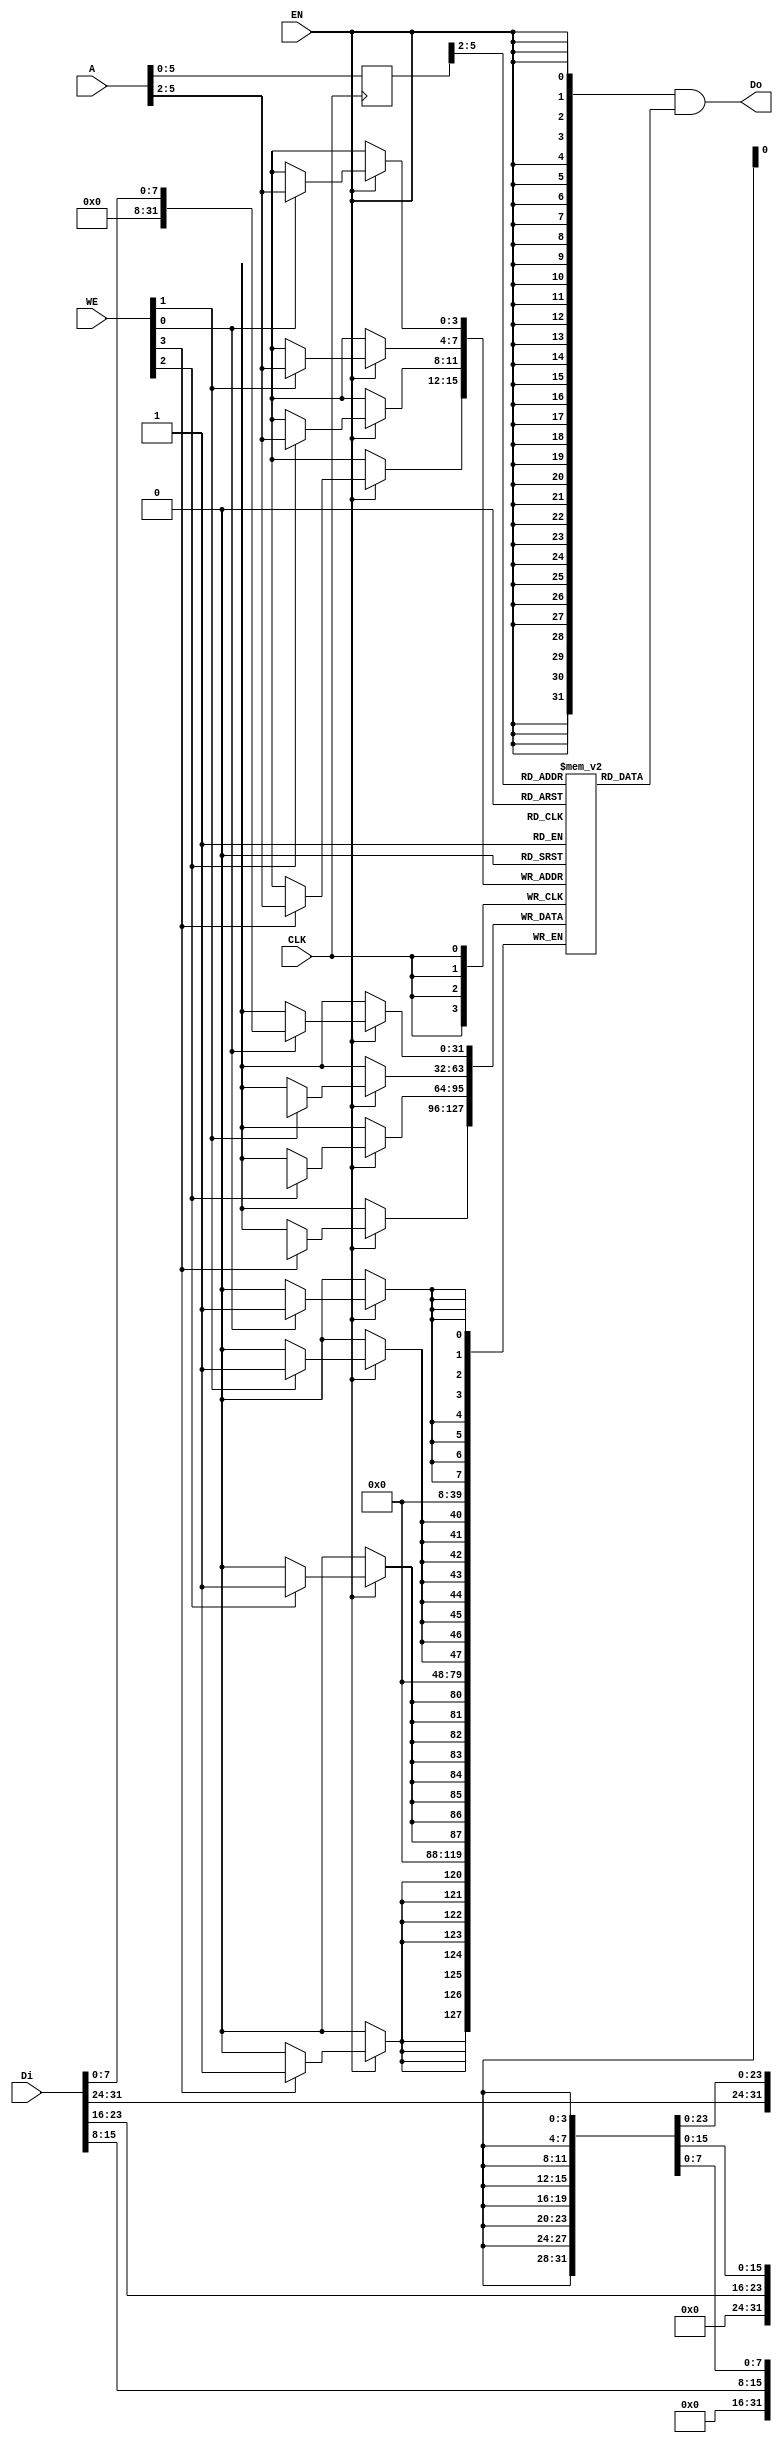

module bram11 
(
    CLK,
    WE,
    EN,
    Di,
    Do,
    A
);

    input   wire           CLK;
    input   wire    [3:0]   WE;
    input   wire            EN;
    input   wire    [31:0]  Di;
    output  wire    [31:0]  Do;
    input   wire    [11:0]  A; 

    //  11 words
    reg [31:0] RAM[0:10];
    reg [11:0] r_A;

    always @(posedge CLK) begin
        r_A <= A;
    end

    assign Do = {32{EN}} & RAM[r_A>>2]; // read

    reg [31:0] Temp_D;
    always @(posedge CLK) begin
        if(EN) begin
	    if(WE[0]) RAM[A>>2][7:0] <= Di[7:0];
            if(WE[1]) RAM[A>>2][15:8] <= Di[15:8];
            if(WE[2]) RAM[A>>2][23:16] <= Di[23:16];
            if(WE[3]) RAM[A>>2][31:24] <= Di[31:24];
        end
    end

endmodule